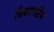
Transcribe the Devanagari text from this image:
किंडरगार्टेन